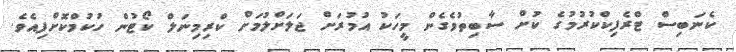
ކެނަބިސް ޓްރެފިކްކުރުމުގެ ކުށް ސާބިތުވެގެން މީހަކު އުމުރަށް ޖަލަށްލުމަށް ކްރިމިނަލް ކޯޓުން ހުކުމްކޮށްފިއެވެ.